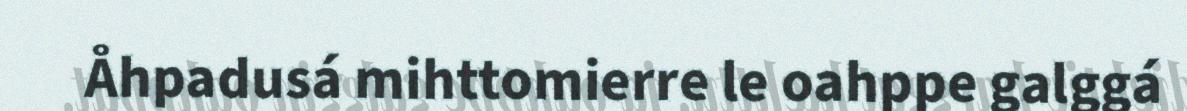
Åhpadusá mihttomierre le oahppe galggá